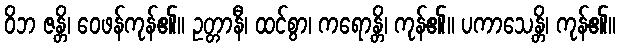
ဝိဘ ဇန္တိ၊ ဝေဖန်ကုန်၏။ ဥတ္တာနီ၊ ထင်စွာ၊ ကရောန္တိ၊ ကုန်၏။ ပကာသေန္တိ၊ ကုန်၏။